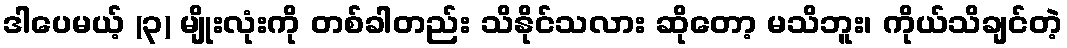
ဒါပေမယ့် (၃) မျိုးလုံးကို တစ်ခါတည်း သိနိုင်သလား ဆိုတော့ မသိဘူး၊ ကိုယ်သိချင်တဲ့